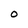
Character: O